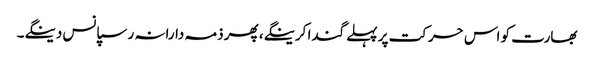
بھارت کو اس حرکت پر پہلے گندا کرینگے، پھر ذمہ دارانہ رسپانس دینگے۔